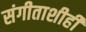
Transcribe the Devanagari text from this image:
संगीताशीही